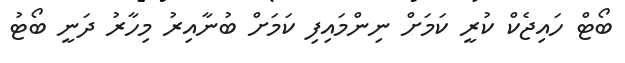
ބޯޓް ހައިޖެކް ކުރީ ކަމަށް ނިންމައިފި ކަމަށް ބުނާއިރު މިހާރު ދަނީ ބޯޓު